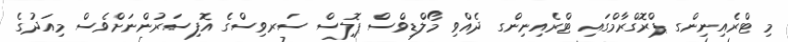
މި ޓްރެއިނިންގ ޕްރޮގްރާމްގައި ޓްރެއިނިންގ ދެއްވި މޯލްޑިވްސް ޕޮލިސް ސަރވިސްގެ އޮފިސަރުންނަށްވެސް މިއަދުގެ